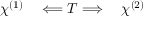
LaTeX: \chi ^ { ( 1 ) } \quad \Longleftarrow T \Longrightarrow \quad \chi ^ { ( 2 ) }